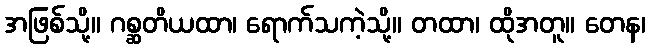
အဖြစ်သို့။ ဂစ္ဆတိယထာ၊ ရောက်သကဲ့သို့။ တထာ၊ ထိုအတူ။ တေန၊